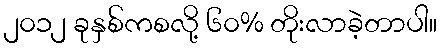
၂၀၁၂ ခုနှစ်ကစလို့ ၆၀% တိုးလာခဲ့တာပါ။